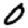
Digit: 0